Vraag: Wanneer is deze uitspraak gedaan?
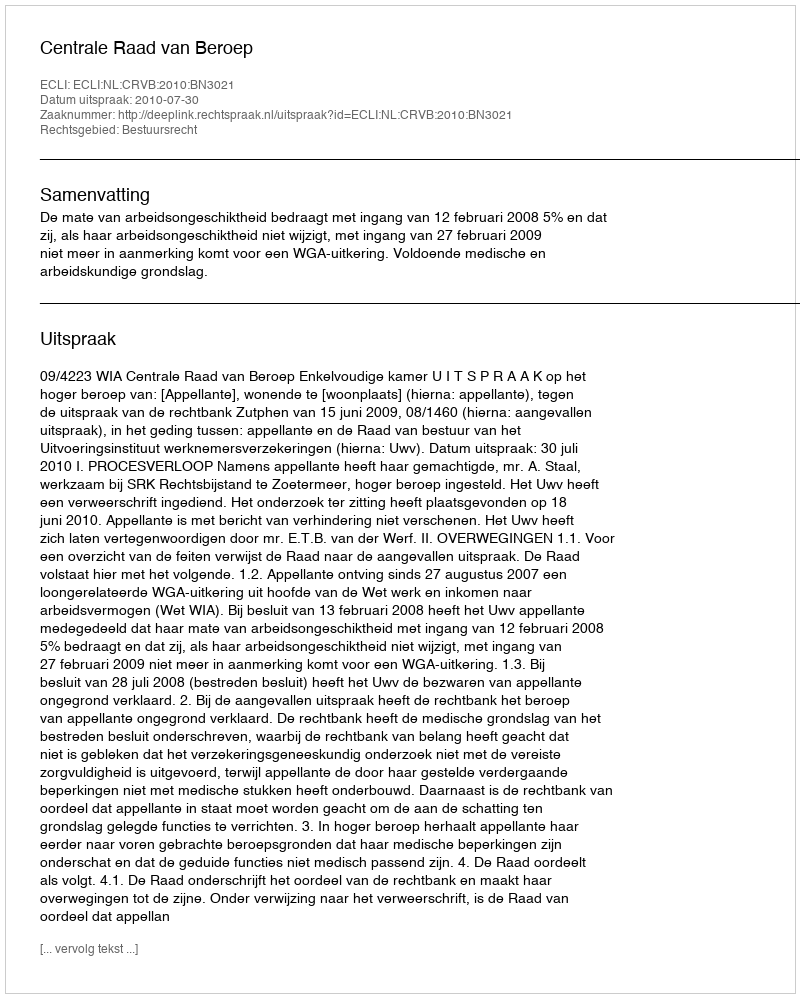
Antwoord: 2010-07-30